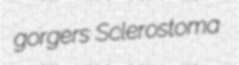
gorgers Sclerostoma